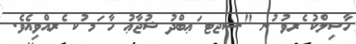
ހާސިލްކު ެރވު ުނ ".ސޖޓ ަޢބްދު ޝުޖާޢު ހާ ަމ ުކ ެރއްވިއެވެ.